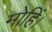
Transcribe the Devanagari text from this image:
मोहिं।